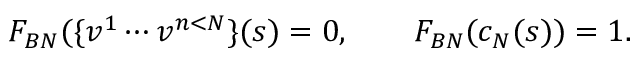
F _ { B N } ( \{ v ^ { 1 } \cdots v ^ { n < N } \} ( s ) = 0 , \qquad F _ { B N } ( c _ { N } ( s ) ) = 1 .